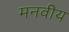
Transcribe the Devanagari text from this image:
मनवीय